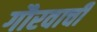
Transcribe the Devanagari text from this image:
गौरवाची